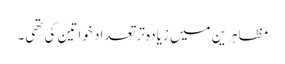
مظاہرین میں زیادہ تر تعداد خواتین کی تھی۔